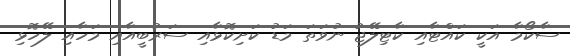
ސާކޯމާ އަކީ ކައްޓާއި ކާޓިލޭޖު ނުވަތަ މަޑު ކަށިކޮޅާއި ސަރުބީއާއި މަހާއި ލޭހޮޅި